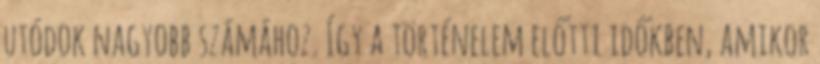
utódok nagyobb számához. Így a történelem előtti időkben, amikor